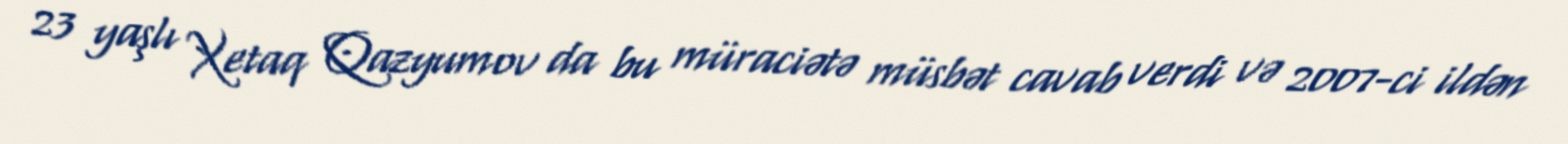
23 yaşlı Xetaq Qazyumov da bu müraciətə müsbət cavab verdi və 2007-ci ildən